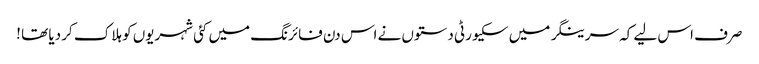
صرف اس لیے کہ سرینگر میں سکیورٹی دستوں نے اس دن فائرنگ میں کئی شہریوں کو ہلاک کر دیا تھا !